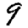
Digit: 9